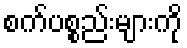
စက်ပစ္စည်းများကို